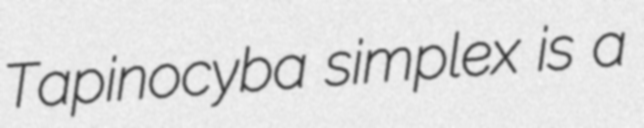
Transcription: Tapinocyba simplex is a